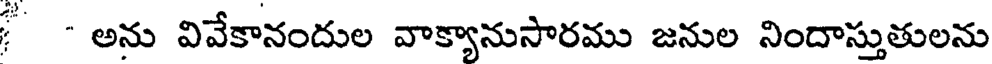
- అను వివేకానందుల వాక్యానుసారము జనుల నిందాస్తుతులను